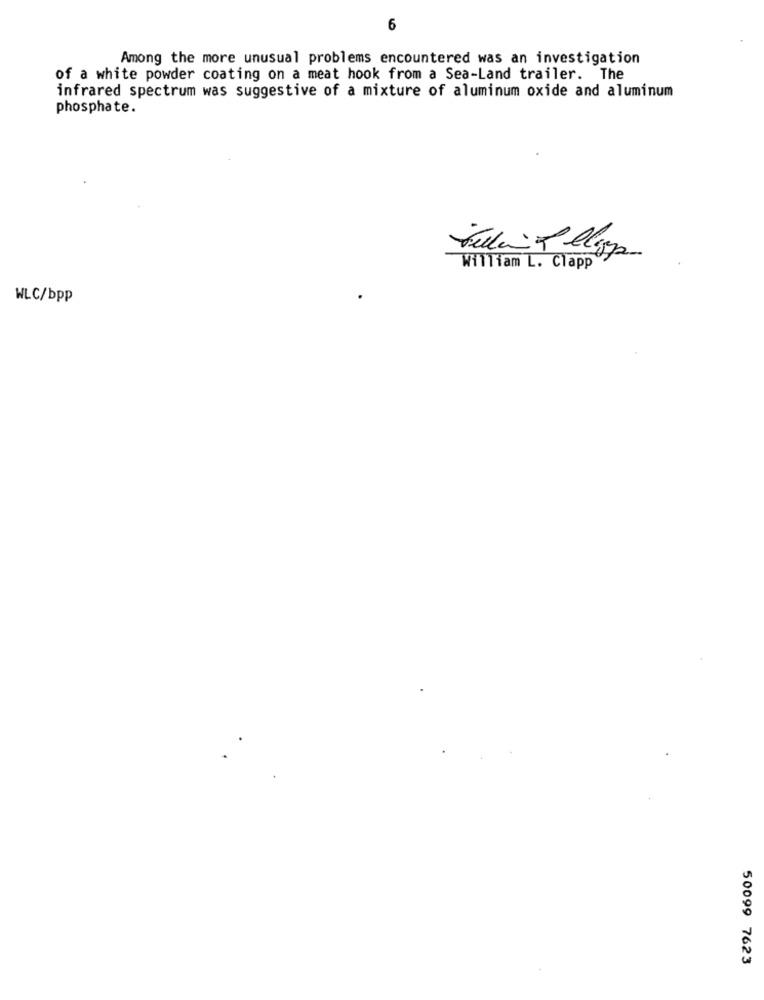
6
Among the more unusual problems encountered was an investigation
of a white powder coating on a meat hook from a Sea-Land trailer. The
infrared spectrum was suggestive of a mixture of aluminum oxide and aluminum
phosphate.
William L. Clapp
WLC/bpp
50099 7623